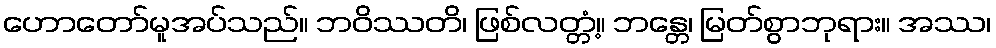
ဟောတော်မူအပ်သည်။ ဘဝိဿတိ၊ ဖြစ်လတ္တံ့။ ဘန္တေ၊ မြတ်စွာဘုရား။ အဿ၊